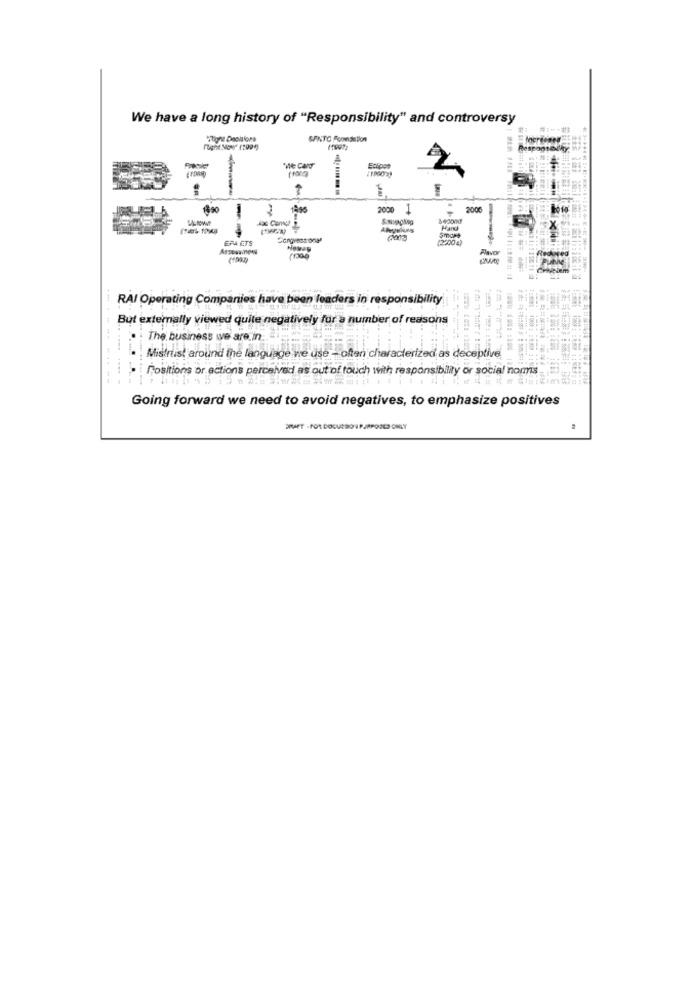
We have a long history of "Responsibility" and controversy
SANTO Poonaistlon
"We CanT"
1490
1495
2000 1
2000
Hand
EPA ETS
(2200 4)
1:1156
--
RAI Operating Companies have been leaders in responsibility
But externally viewed quite negatively für a number of reasons
.: The business we are in :
Mistrust around the language ne use - often characterized as deceptive
Positions or actions perceived as out of touch with responsibility or social norms
....... ....-
Going forward we need to avoid negatives, to emphasize positives